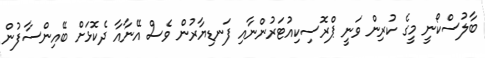
ބާލުސްކޯނީ މީގެ ކުރިން ވަނީ ޕްރޮސިކިއުޓަރުންނާއި ފަނޑިޔާރުން ވެސް އޭނާއާ ދެކޮޅަށް ބޭއިންސާފުން